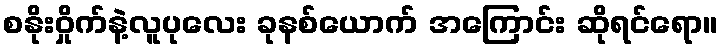
စနိုးဝှိုက်နဲ့လူပုလေး ခုနစ်ယောက် အကြောင်း ဆိုရင်ရော။